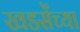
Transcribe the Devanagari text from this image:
खडसेंच्या